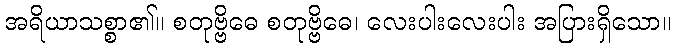
အရိယာသစ္စာ၏။ စတုဗ္ဗိဓေ စတုဗ္ဗိဓေ၊ လေးပါးလေးပါး အပြားရှိသော။